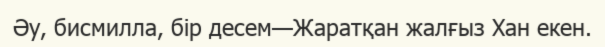
Әу, бисмилла, бір десем—Жаратқан жалғыз Хан екен.